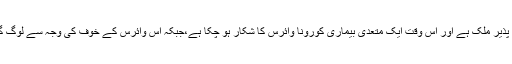
پاکستان ایک ترقی پذیر ملک ہے اور اس وقت ایک متعدی بیماری کورونا وائرس کا شکار ہو چکا ہے،جبکہ اس وائرس کے خوف کی وجہ سے لوگ گھروں میں قید ہیں۔